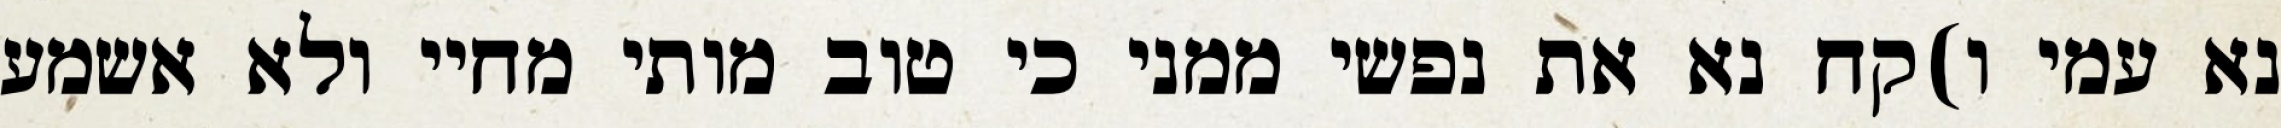
נא עמי ו)קח נא את נפשי ממני כי טוב מותי מחיי ולא אשמע